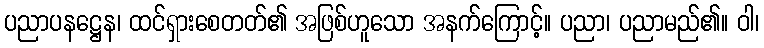
ပညာပနဋ္ဌေန၊ ထင်ရှားစေတတ်၏ အဖြစ်ဟူသော အနက်ကြောင့်။ ပညာ၊ ပညာမည်၏။ ဝါ၊